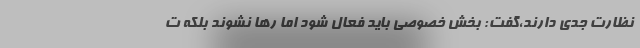
نظارت جدی دارند،گفت: بخش خصوصی باید فعال شود اما رها نشوند بلکه ت